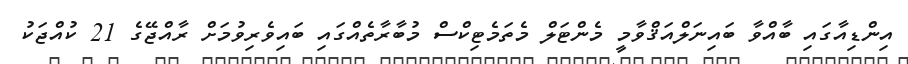
އިންޑިއާގައި ބާއްވާ ބައިނަލްއަޤްވާމީ މެންޓަލް މެތަމެޓިކްސް މުބާރާތެއްގައި ބައިވެރިވުމަށް ރާއްޖޭގެ 21 ކުއްޖަކު